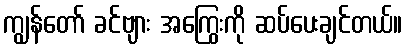
ကျွန်တော် ခင်ဗျား အကြွေးကို ဆပ်ပေးချင်တယ်။